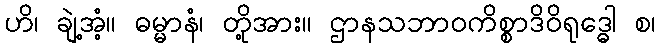
ဟိ၊ ချဲ့အံ့။ ဓမ္မာနံ၊ တို့အား။ ဌာနသဘာဝကိစ္စာဒိဝိရုဒ္ဓေါ စ၊